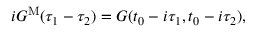
i G ^ { \mathrm { M } } ( \tau _ { 1 } - \tau _ { 2 } ) = G ( t _ { 0 } - i \tau _ { 1 } , t _ { 0 } - i \tau _ { 2 } ) ,